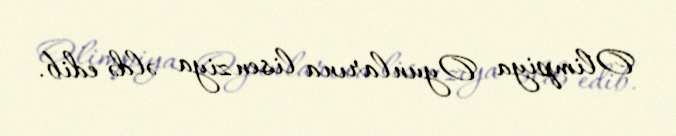
Olimpiya Oyunlarına lisenziya əldə edib.